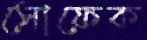
সোফেক